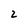
Character: 2